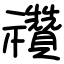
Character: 禶